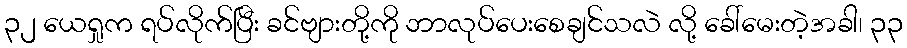
၃၂ ယေရှုက ရပ်လိုက်ပြီး ခင်ဗျားတို့ကို ဘာလုပ်ပေးစေချင်သလဲ လို့ ခေါ်မေးတဲ့အခါ၊ ၃၃